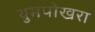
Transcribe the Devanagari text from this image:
थुमपोखरा